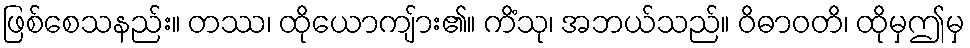
ဖြစ်စေသနည်း။ တဿ၊ ထိုယောကျ်ား၏။ ကိံသု၊ အဘယ်သည်။ ဝိဓာဝတိ၊ ထိုမှဤမှ